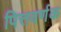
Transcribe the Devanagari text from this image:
पित्तवर्णक